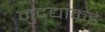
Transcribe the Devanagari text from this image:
मुद्द्याकडे